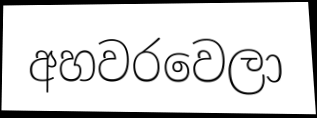
අහවරවෙලා